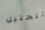
التحليل